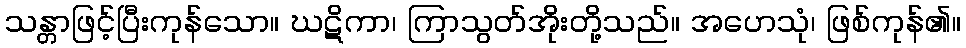
သန္တာဖြင့်ပြီးကုန်သော။ ဃဋိကာ၊ ကြာသွတ်အိုးတို့သည်။ အဟေသုံ၊ ဖြစ်ကုန်၏။